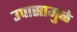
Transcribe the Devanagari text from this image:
उपासामुळे